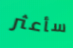
سأعثر